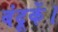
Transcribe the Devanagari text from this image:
बंदूकें।